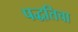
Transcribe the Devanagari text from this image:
पद्धतिचा